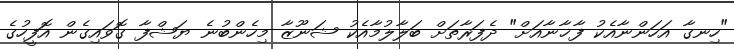
"ހިނގާ އަހަންނާއެކު ފާޚާނާއަށް" ދެފަރާތަށް ބަލާލުމާއެކު ޝަނޫޒާ މިހެންބުނެ ޔަޝްފާ ގޮވައިގެން އޮފީހުގެ